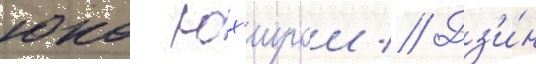
юко юх'ирои // Дз'и́н